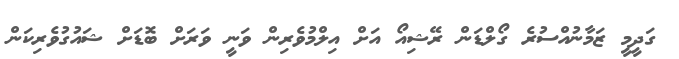
ގަދީމީ ޒަމާނުއްސުރެ ގޯލްޑަން ރޭޝިއޯ އަށް އިލްމުވެރިން ވަނީ ވަރަށް ބޮޑަށް ޝައުގުވެރިކަން